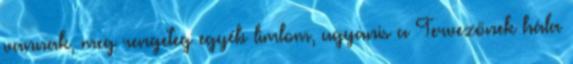
vannak, meg rengeteg egyéb limlom, ugyanis a Tervezőnek hála